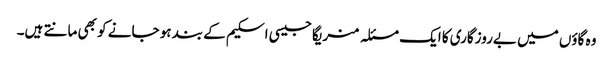
وہ گاؤں میں بےروزگاری کا ایک مسئلہ منریگا جیسی اسکیم کے بند ہو جانے کو بھی مانتے ہیں۔